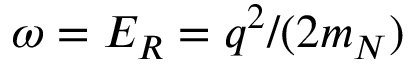
\omega = E _ { R } = q ^ { 2 } / ( 2 m _ { N } )